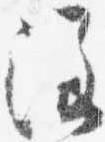
注